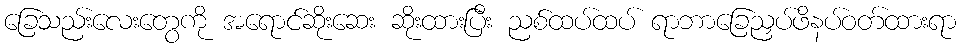
ခြေသည်းလေးတွေကို အရောင်ဆိုးဆေး ဆိုးထားပြီး ညစ်ထပ်ထပ် ရာဘာခြေညှပ်ဖိနပ်ဝတ်ထားရာ